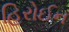
હિરોઈન